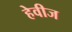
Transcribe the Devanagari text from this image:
हेवीज